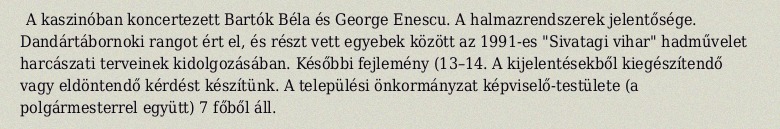
A kaszinóban koncertezett Bartók Béla és George Enescu. A halmazrendszerek jelentősége. Dandártábornoki rangot ért el, és részt vett egyebek között az 1991-es "Sivatagi vihar" hadművelet harcászati terveinek kidolgozásában. Későbbi fejlemény (13–14. A kijelentésekből kiegészítendő vagy eldöntendő kérdést készítünk. A települési önkormányzat képviselő-testülete (a polgármesterrel együtt) 7 főből áll.